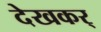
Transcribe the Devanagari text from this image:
देखकर्